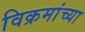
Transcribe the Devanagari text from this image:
विक्रमांच्या